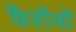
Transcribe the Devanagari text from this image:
फैरीयों